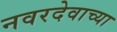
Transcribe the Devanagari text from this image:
नवरदेवाच्या